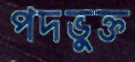
পদভুক্ত